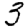
Digit: 3